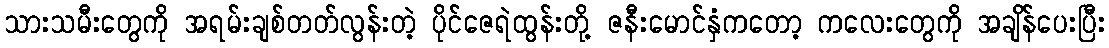
သားသမီးတွေကို အရမ်းချစ်တတ်လွန်းတဲ့ ပိုင်ဇေရဲထွန်းတို့ ဇနီးမောင်နှံကတော့ ကလေးတွေကို အချိန်ပေးပြီး